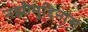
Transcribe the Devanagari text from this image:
नझीमुद्दिनास